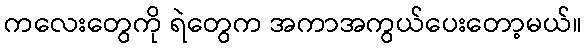
ကလေးတွေကို ရဲတွေက အကာအကွယ်ပေးတော့မယ်။